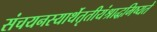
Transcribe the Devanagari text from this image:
संचयनस्यार्थेतृतीयंश्राद्धमिष्यते